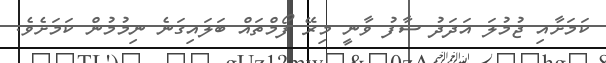
ކަމަށާއި ޖުމުލަ އަދަދު ސާފު ވާނީ މިރޭ ފޯމްތައް ބަލައިގަނެ ނިމުމުން ކަމަށެވެ.